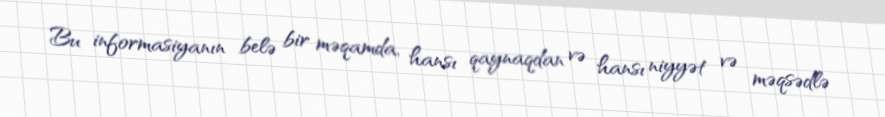
Bu informasiyanın belə bir məqamda, hansı qaynaqdan və hansı niyyət və məqsədlə